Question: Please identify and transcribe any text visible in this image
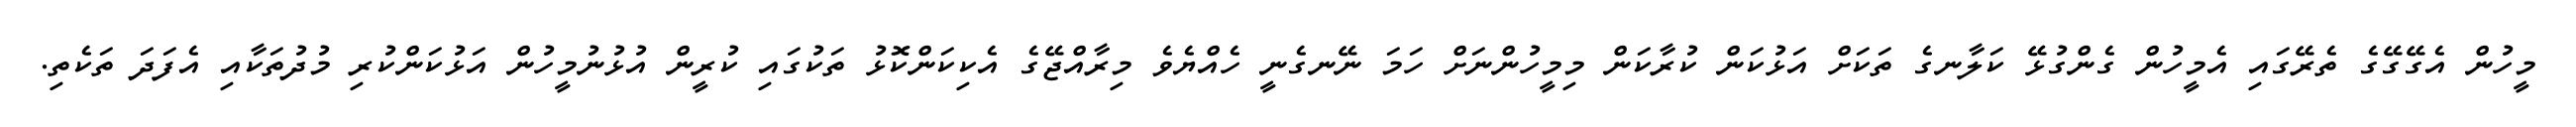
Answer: މީހުން އެގޭގޭގެ ތެރޭގައި އެމީހުން ގެންގުޅޭ ކަލާނގެ ތަކަށް އަޅުކަން ކުރާކަން މިމީހުންނަށް ހަމަ ނޭނގެނީ ހެއްޔެވެ މިރާއްޖޭގެ އެކިކަންކޮޅު ތަކުގައި ކުރީން އުޅުނުމީހުން އަޅުކަންކުރި މުދުތަކާއި އެފަދަ ތަކެތި.